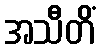
အသီတိံ